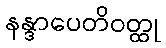
နန္ဒာပေတိဝတ္ထု